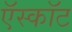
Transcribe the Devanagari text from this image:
ऍस्कॉट